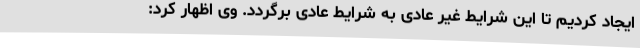
ایجاد کردیم تا این شرایط غیر عادی به شرایط عادی برگردد. وی اظهار کرد: